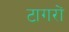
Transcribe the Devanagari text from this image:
टागरों